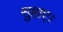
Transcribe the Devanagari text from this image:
सुहाए।